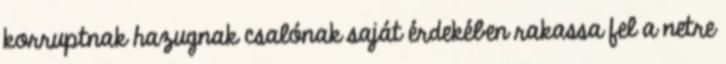
korruptnak hazugnak csalónak saját érdekében rakassa fel a netre